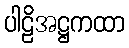
ပါဠိအဋ္ဌကထာ